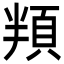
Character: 頖